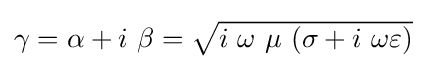
{\textstyle \gamma =\alpha +i\ \beta ={\sqrt {i\ \omega \ \mu \ (\sigma +i\ \omega \varepsilon )}}}